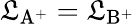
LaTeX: \mathfrak{L}_{\mathrm{{{{A^{+}}}}}}=\mathfrak{L}_{\mathrm{{{{B^{+}}}}}}